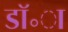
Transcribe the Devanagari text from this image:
डॉ॰ा